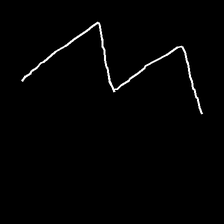
Glyph: crush